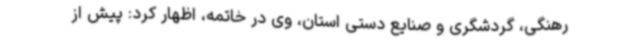
رهنگی، گردشگری و صنایع دستی استان، وی در خاتمه، اظهار کرد: پیش از